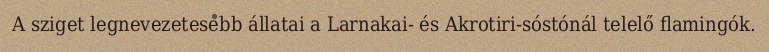
A sziget legnevezetesebb állatai a Larnakai- és Akrotiri-sóstónál telelő flamingók.